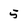
Character: 5